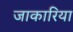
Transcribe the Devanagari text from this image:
जाकारिया